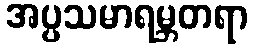
အပ္ပသမာရမ္ဘတရာ